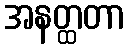
အနတ္ထတာ